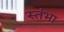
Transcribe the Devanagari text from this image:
स्तंभा